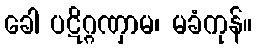
ခေါ ပဋိဂ္ဂဏှာမ၊ မခံကုန်။